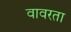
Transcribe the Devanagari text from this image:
वावरता